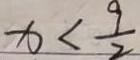
x < \frac { 9 } { 2 }